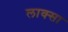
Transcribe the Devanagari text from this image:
लाक्सा